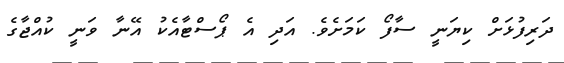
ދަރިފުޅަށް ކިޔަނީ ސާފޯ ކަމަށެވެ. އަދި އެ ޕޯސްޓާއެކު އޭނާ ވަނީ ކުއްޖާގެ